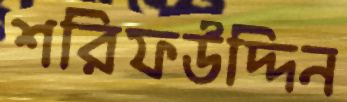
শরিফউদ্দিন